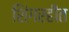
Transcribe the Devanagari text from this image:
शिंगरहीत